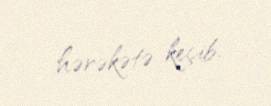
hərəkətə keçib.